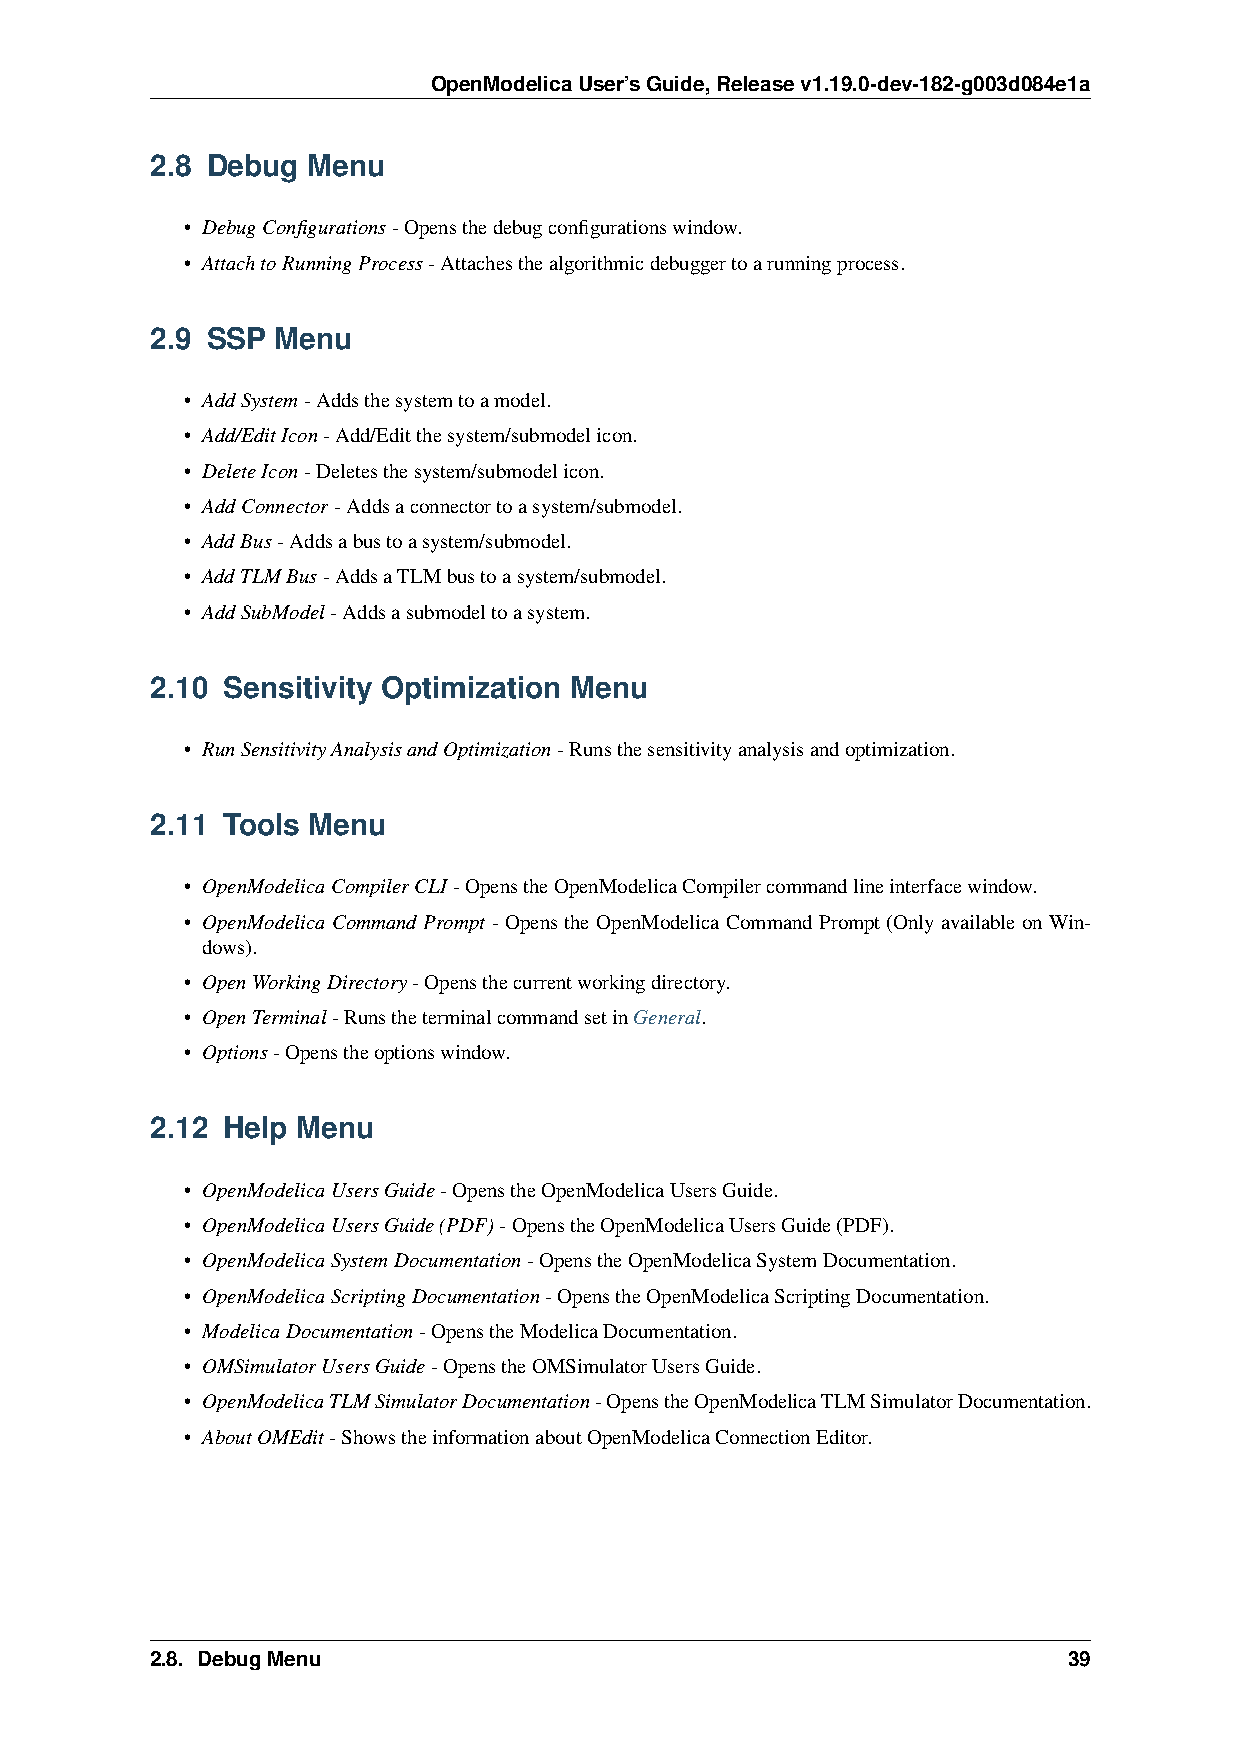
OpenModelicaUser’sGuide,Releasev1.19.0-dev-182-g003d084e1a
 2.8 Debug Menu
 • DebugConfigurations-Opensthedebugconfigurationswindow.
 • AttachtoRunningProcess-Attachesthealgorithmicdebuggertoarunningprocess.
 2.9 SSP Menu
 • AddSystem-Addsthesystemtoamodel.
 • Add/EditIcon-Add/Editthesystem/submodelicon.
 • DeleteIcon-Deletesthesystem/submodelicon.
 • AddConnector-Addsaconnectortoasystem/submodel.
 • AddBus-Addsabustoasystem/submodel.
 • AddTLMBus-AddsaTLMbustoasystem/submodel.
 • AddSubModel-Addsasubmodeltoasystem.
 2.10 Sensitivity Optimization Menu
 • RunSensitivityAnalysisandOptimization-Runsthesensitivityanalysisandoptimization.
 2.11 Tools Menu
 • OpenModelicaCompilerCLI-OpenstheOpenModelicaCompilercommandlineinterfacewindow.
 • OpenModelica Command Prompt - Opens the OpenModelica Command Prompt (Only available on Win-
 dows).
 • OpenWorkingDirectory-Opensthecurrentworkingdirectory.
 • OpenTerminal-RunstheterminalcommandsetinGeneral.
 • Options-Openstheoptionswindow.
 2.12 Help Menu
 • OpenModelicaUsersGuide-OpenstheOpenModelicaUsersGuide.
 • OpenModelicaUsersGuide(PDF)-OpenstheOpenModelicaUsersGuide(PDF).
 • OpenModelicaSystemDocumentation-OpenstheOpenModelicaSystemDocumentation.
 • OpenModelicaScriptingDocumentation-OpenstheOpenModelicaScriptingDocumentation.
 • ModelicaDocumentation-OpenstheModelicaDocumentation.
 • OMSimulatorUsersGuide-OpenstheOMSimulatorUsersGuide.
 • OpenModelicaTLMSimulatorDocumentation-OpenstheOpenModelicaTLMSimulatorDocumentation.
 • AboutOMEdit-ShowstheinformationaboutOpenModelicaConnectionEditor.
 2.8. DebugMenu                                               39